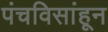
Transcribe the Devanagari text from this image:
पंचविसांहून